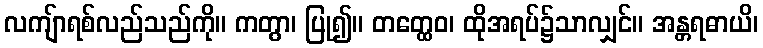
လကျ်ာရစ်လည်သည်ကို။ ကတွာ၊ ပြု၍။ တတ္ထေဝ၊ ထိုအရပ်၌သာလျှင်။ အန္တရဓာယိ၊